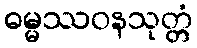
ဓမ္မဿဝနသုတ္တံ